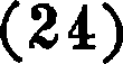
(24)